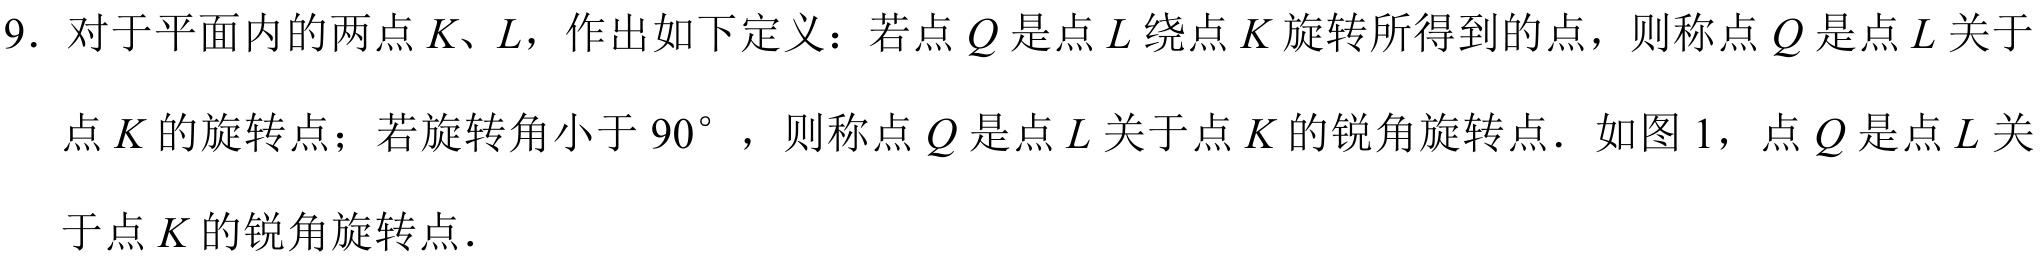
9. 对于平面内的两点\(K、L\)，作出如下定义：若点\(Q\)是点\(L\)绕点\(K\)旋转所得到的点，则称点\(Q\)是点\(L\)关于
点\(K\)的旋转点；若旋转角小于\(90^{\circ}\)，则称点\(Q\)是点\(L\)关于点\(K\)的锐角旋转点．如图1，点\(Q\)是点\(L\)关
于点\(K\)的锐角旋转点．